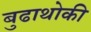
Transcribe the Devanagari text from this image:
बुढाथोकी